Vaccination Hyderabad 1872-1889 - 1872-1889
Year: 1872
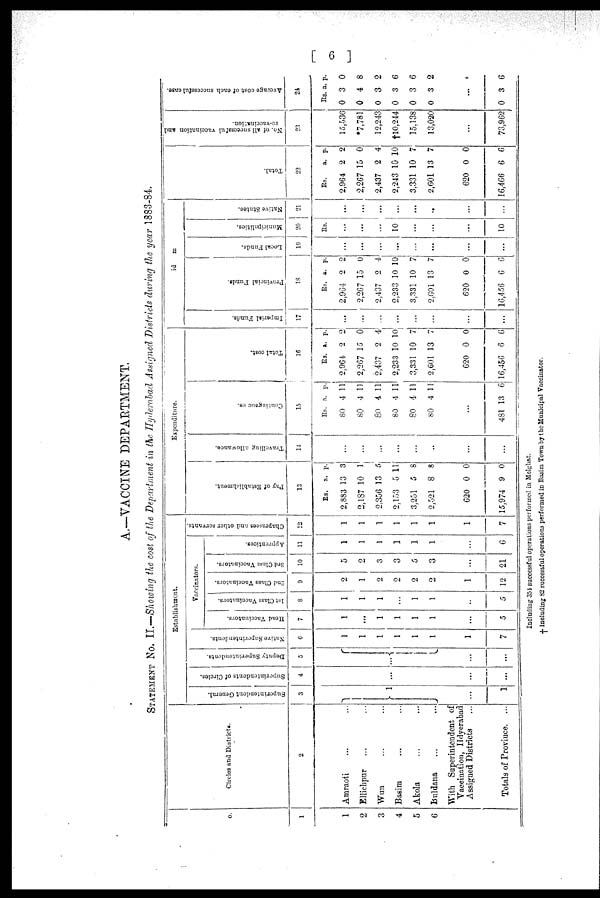
[ 6 ]
A.—VACCINE DEPARTMENT.
STATEMENT No. II.—Showing the cost of the Department in the Hyderabad Assigned Districts during the year 1883-84.
No.
1
1
2
3
4
5
6
Circles and Districts.
2
Amraoti ... ...
Ellichpur ... ...
Wun ... ...
Basim ... ...
Akola ... ...
Buldana ... ...
With Superintendent of
Vaccination, Hdyerabad
Assigned Districts ...
Totals of Province. ...
Establishment.
Superintendent General.
3
1
...
1
Superintendents of Circles.
4
...
...
...
Deputy Superintendents.
5
...
...
...
Native Superintendents.
6
1
1
1
1
1
1
1
7
Vaccinators.
Head Vaccinators.
7
1
...
1
1
1
1
...
5
1st Class Vaccinators.
8
1
1
1
...
1
1
...
5
2nd Class Vaccinators.
9
2
1
2
2
2
2
1
12
3rd Class Vaccinators.
10
5
2
3
3
5
3
...
21
Apprentices.
11
1
1
1
1
1
1
...
6
Chaprnsees and other servants.
12
1
1
1
1
1
1
1
7
Expenditure.
Pay of Establishment.
13
Rs.
2,883
2,187
2,356
2,153
3,251
2,521
620
15,974
a.
13
10
13
5
5
8
0
9
p.
3
1
5
11
8
8
0
0
Travelling allowance.
14
...
...
...
...
...
...
...
...
Contingences.
15
Rs.
80
80
80
80
80
80
a.
4
4
4
4
4
4
p.
11
11
11
11
11
11
...
481 13 6
Total cost.
16
Rs.
2,964
2,267
2,437
2,233
3,331
2,601
620
16,456
a.
2
15
2
10
10
13
0
6
p.
2
0
4
10
7
7
0
6
id m
Imperia Funds.
17
...
...
...
...
...
...
...
...
Provincial Funds.
18
Rs.
2,964
2,267
2,437
2,233
3,331
2,601
620
16,456
a.
2
15
2
10
10
13
0
6
p.
2
0
4
10
7
7
0
6
Local Funds.
19
...
...
...
...
...
...
...
...
Municipalities.
20
Rs.
...
...
...
10
...
...
...
10
Native States.
21
...
...
...
...
...
...
...
...
Total.
22
Rs.
2,964
2,267
2,437
2,243
3,331
2,601
620
16,466
a.
2
15
2
10
10
13
0
6
p.
2
0
4
10
7
7
0
6
No. of all successful vaccination and
re-vaccination.
23
15,536
*7,781
12,243
†10,244
15,138
13,020
...
73,962
Average cost of each successful case.
24
Rs.
0
0
0
0
0
0
a.
3
4
3
3
3
3
p.
0
8
2
6
6
2
...
0 3 6
Including 354 successful operations performed in Melghat.
† Including 82 successful operations performed in Basim Town by the Municipal Vaccinator.